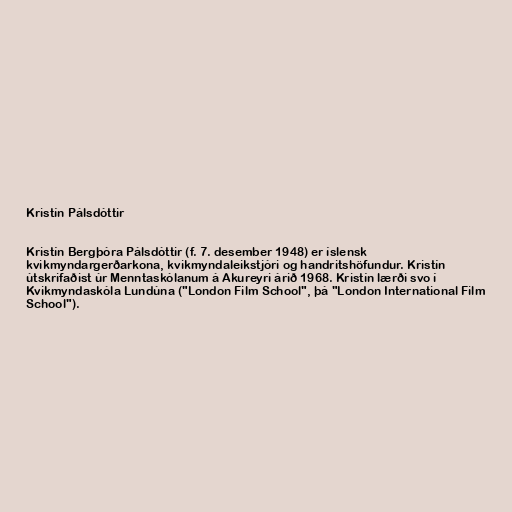
Kristín Pálsdóttir

Kristín Bergþóra Pálsdóttir (f. 7. desember 1948) er íslensk
kvikmyndargerðarkona, kvikmyndaleikstjóri og handritshöfundur. Kristín
útskrifaðist úr Menntaskólanum á Akureyri árið 1968. Kristín lærði svo í
Kvikmyndaskóla Lundúna ("London Film School", þá "London International Film
School").